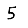
Digit: 5